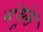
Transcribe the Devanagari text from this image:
बंधूंस